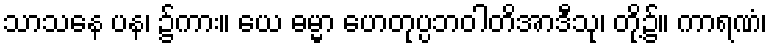
သာသနေ ပန၊ ၌ကား။ ယေ ဓမ္မာ ဟေတုပ္ပဘဝါတိအာဒီသု၊ တို့၌။ ကာရဏံ၊